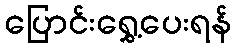
ပြောင်းရွှေ့ပေးရန်